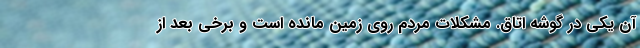
آن یکی در گوشه اتاق. مشکلات مردم روی زمین مانده است و برخی بعد از